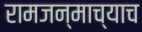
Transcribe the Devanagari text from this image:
रामजन्माच्याच